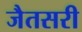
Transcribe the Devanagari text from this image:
जैतसरी